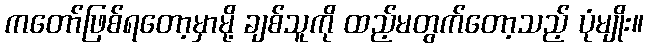
ကတော်ဖြစ်ရတော့မှာမို့ ချစ်သူကို ထည့်မတွက်တော့သည့် ပုံမျိုး။